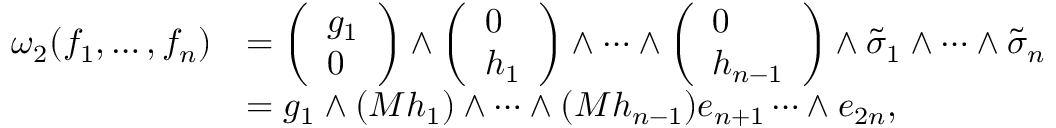
\begin{array} { r l } { \omega _ { 2 } ( f _ { 1 } , \dots , f _ { n } ) } & { = \left( \begin{array} { l } { g _ { 1 } } \\ { 0 } \end{array} \right) \wedge \left( \begin{array} { l } { 0 } \\ { h _ { 1 } } \end{array} \right) \wedge \dots \wedge \left( \begin{array} { l } { 0 } \\ { h _ { n - 1 } } \end{array} \right) \wedge \tilde { \sigma } _ { 1 } \wedge \dots \wedge \tilde { \sigma } _ { n } } \\ & { = g _ { 1 } \wedge ( M h _ { 1 } ) \wedge \dots \wedge ( M h _ { n - 1 } ) e _ { n + 1 } \dots \wedge e _ { 2 n } , } \end{array}